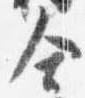
舎